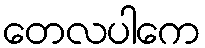
တေလပါကေ